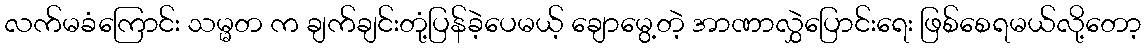
လက်မခံကြောင်း သမ္မတ က ချက်ချင်းတုံ့ပြန်ခဲ့ပေမယ့် ချောမွေ့တဲ့ အာဏာလွှဲပြောင်းရေး ဖြစ်စေရမယ်လို့တော့